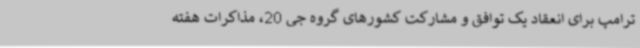
ترامپ برای انعقاد یک توافق و مشارکت کشورهای گروه جی 20، مذاکرات هفته